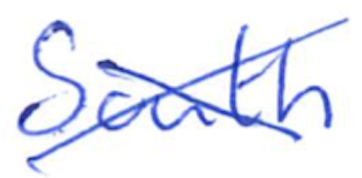
Text: South
Cross-out: cross
Writing tool: ballpoint